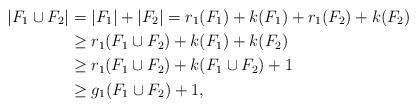
LaTeX: \begin{align*}|F_1\cup F_2|&=|F_1|+|F_2|=r_1(F_1)+k(F_1)+r_1(F_2)+k(F_2)\\&\geq r_1(F_1\cup F_2)+k(F_1)+k(F_2)\\&\geq r_1(F_1\cup F_2)+k(F_1\cup F_2)+1\\&\geq g_1(F_1\cup F_2)+1,\end{align*}